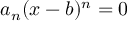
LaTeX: a _ { n } ( x - b ) ^ { n } = 0